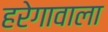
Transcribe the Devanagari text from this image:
हरेगावाला